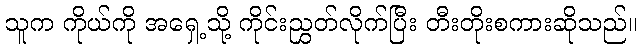
သူက ကိုယ်ကို အရှေ့သို့ ကိုင်းညွှတ်လိုက်ပြီး တီးတိုးစကားဆိုသည်။